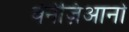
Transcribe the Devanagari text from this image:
वेनेज़िआनो